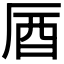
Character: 𠩚